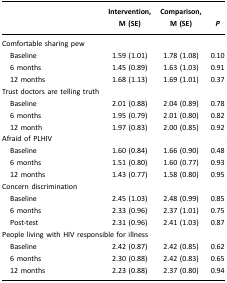
|  | Intervention, M (SE) | Comparison, M (SE) | P |
 | --- | --- | --- | --- |
 | Comfortable sharing pew |  |  |  |
 | Baseline | 1.59 (1.01) | 1.78 (1.08) | 0.10 |
 | 6 months | 1.45 (0.89) | 1.63 (1.03) | 0.91 |
 | 12 months | 1.68 (1.13) | 1.69 (1.01) | 0.37 |
 | Trust doctors are telling truth |  |  |  |
 | Baseline | 2.01 (0.88) | 2.04 (0.89) | 0.78 |
 | 6 months | 1.95 (0.79) | 2.01 (0.80) | 0.82 |
 | 12 month | 1.97 (0.83) | 2.00 (0.85) | 0.92 |
 | Afraid of PLHIV |  |  |  |
 | Baseline | 1.60 (0.84) | 1.66 (0.90) | 0.48 |
 | 6 months | 1.51 (0.80) | 1.60 (0.77) | 0.93 |
 | 12 months | 1.43 (0.77) | 1.58 (0.80) | 0.95 |
 | Concern discrimination |  |  |  |
 | Baseline | 2.45 (1.03) | 2.48 (0.99) | 0.85 |
 | 6 months | 2.33 (0.96) | 2.37 (1.01) | 0.75 |
 | Post-test | 2.31 (0.96) | 2.41 (1.03) | 0.87 |
 | <COLSPAN=4> People living with HIV responsible for illness |
 | Baseline | 2.42 (0.87) | 2.42 (0.85) | 0.62 |
 | 6 months | 2.30 (0.88) | 2.42 (0.83) | 0.65 |
 | 12 months | 2.23 (0.88) | 2.37 (0.80) | 0.94 |